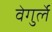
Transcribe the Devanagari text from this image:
वेगुर्ले